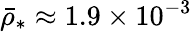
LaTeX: \bar{\rho}_{*}\approx 1.9\times 10^{-3}